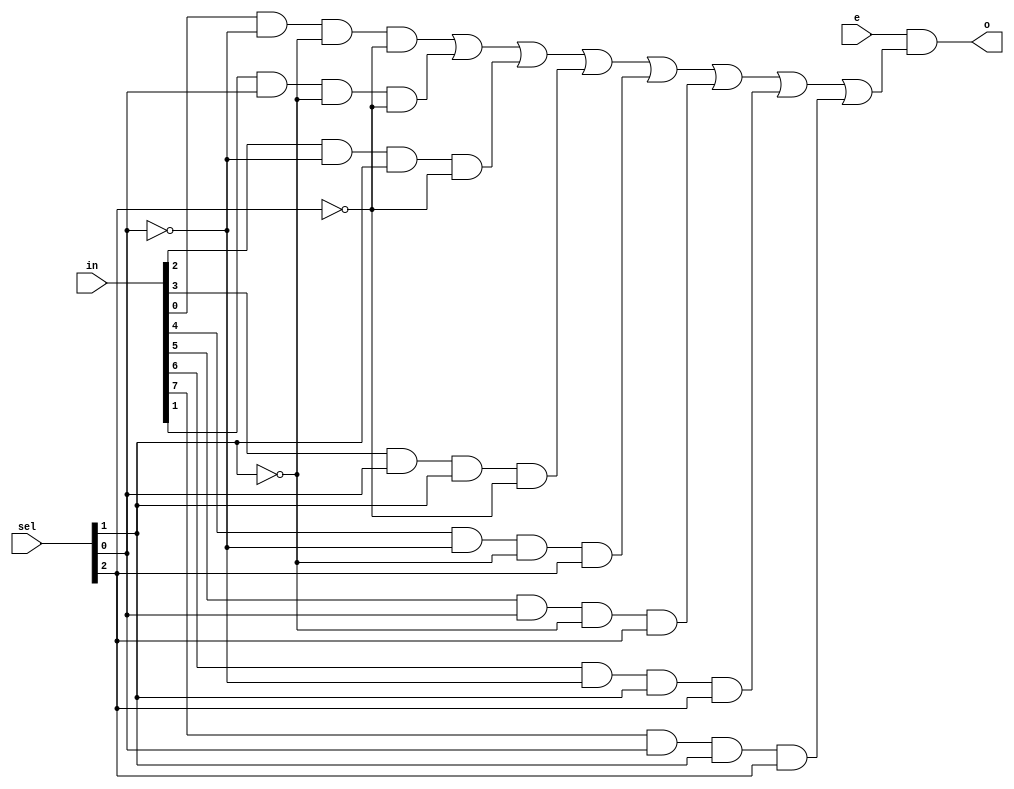
`timescale 1ns / 1ps
//////////////////////////////////////////////////////////////////////////////////
// Company: 
// Engineer: 
// 
// Design Name: 
// Module Name: m4_1e
// Project Name: 
// Target Devices: 
// Tool Versions: 
// Description: 
// 
// Dependencies: 
// 
// Revision:
// Revision 0.01 - File Created
// Additional Comments:
// 
//////////////////////////////////////////////////////////////////////////////////

module m8_1e(
    input [7:0] in,
    input [2:0] sel,
    input e,
    
    output o
    );
    //8 to 1 mux
    assign o = e & ((in[0]&~sel[0]&~sel[1]&~sel[2]) | (in[1]&sel[0]&~sel[1]&~sel[2]) | (in[2]&~sel[0]&sel[1]&~sel[2]) | (in[3]&sel[0]&sel[1]&~sel[2]) | (in[4]&~sel[0]&~sel[1]&sel[2]) | (in[5]&sel[0]&~sel[1]&sel[2]) | (in[6]&~sel[0]&sel[1]&sel[2]) | (in[7]&sel[0]&sel[1]&sel[2]));
    
       
endmodule